Note on the mental hospitals in Burma - 1925-1940
Year: 1925
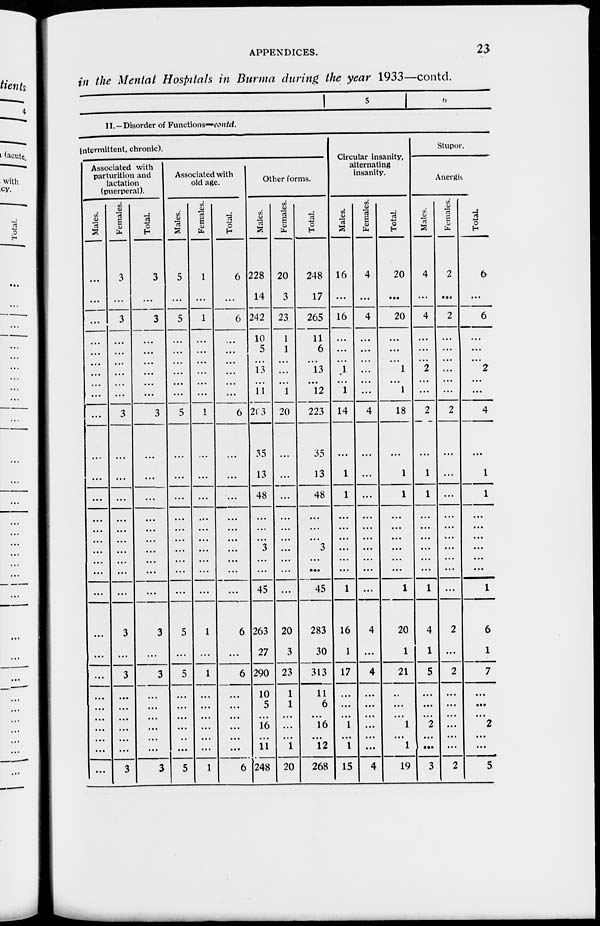
APPENDICES.
23
in the Mental Hospitals in Burma during the year 1933—contd.
5
6
II. — Disorder of Functions—contd.
Intermittent, chronic).
Associated with
parturition and
lactation
(puerperal).
Males.
...
...
...
...
...
...
...
...
...
...
...
...
...
...
...
...
...
...
...
...
...
...
...
...
...
...
...
...
...
...
Females.
3
...
3
...
...
...
...
...
...
3
...
...
...
...
...
...
...
...
...
...
3
...
3
...
...
...
...
...
...
3
Total.
3
...
3
...
...
...
...
...
...
3
...
...
...
...
...
...
...
...
...
...
3
...
3
...
...
...
...
...
...
3
Associated with
old age.
Males.
5
...
5
...
...
...
...
...
...
5
...
...
...
...
...
...
...
...
...
...
5
...
5
...
...
...
...
...
...
5
Females.
1
...
1
...
...
...
...
...
...
1
...
...
...
...
...
...
...
...
...
...
1
...
1
...
...
...
...
...
...
1
Total.
6
...
6
...
...
...
...
...
...
6
...
...
...
...
...
...
...
...
...
...
6
...
6
...
...
...
...
...
...
6
Other forms.
Males.
228
14
242
10
5
...
13
...
11
203
35
13
48
...
...
...
3
...
...
45
263
27
290
10
5
...
16
...
11
248
Females.
20
3
23
1
1
...
...
...
1
20
...
...
...
...
...
...
...
...
...
...
20
3
23
1
1
...
...
...
1
20
Total.
248
17
265
11
6
...
13
...
12
223
35
13
48
...
...
...
3
...
...
45
283
30
313
11
6
...
16
...
12
268
Circular insanity,
alternating
insanity.
Males.
16
...
16
...
...
...
1
...
1
14
...
1
1
...
...
...
...
...
...
1
16
1
17
...
...
...
1
...
1
15
Females.
4
...
4
...
...
...
...
...
...
4
...
...
...
...
...
...
...
...
...
...
4
...
4
...
...
...
...
...
...
4
Total.
20
...
20
...
...
...
1
...
1
18
...
1
1
...
...
...
...
...
...
1
20
1
21
...
...
...
1
...
1
19
Stupor.
Anergic
Males.
4
...
4
...
...
...
2
...
...
2
...
1
1
...
...
...
...
...
...
1
4
1
5
...
...
...
2
...
...
3
Females.
2
...
2
...
...
...
...
...
...
2
...
...
...
...
...
...
...
...
...
...
2
...
2
...
...
...
...
...
...
2
Total.
6
...
6
...
...
...
2
...
...
4
...
1
1
...
...
...
...
...
...
1
6
1
7
...
...
...
2
...
...
5